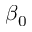
\beta _ { 0 }